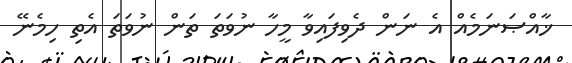
ޚާއްޞަނަމެއް އެ ނަން ދެވިފައިވާ މީހާ ނުވަތަ ތަން ނުވަތަ އެތި ހިމެނޭ